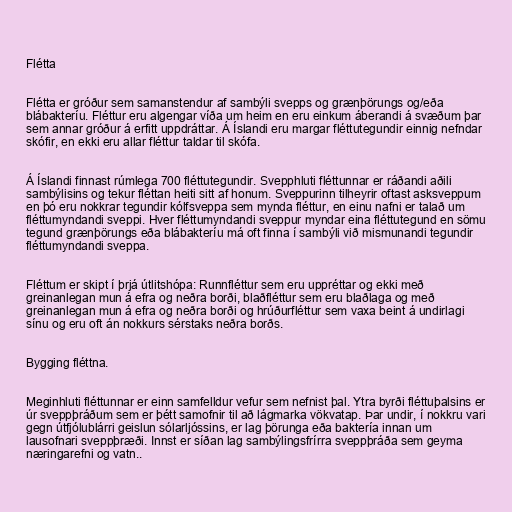
Flétta

Flétta er gróður sem samanstendur af sambýli svepps og grænþörungs og/eða
blábakteríu. Fléttur eru algengar víða um heim en eru einkum áberandi á svæðum þar
sem annar gróður á erfitt uppdráttar. Á Íslandi eru margar fléttutegundir einnig nefndar
skófir, en ekki eru allar fléttur taldar til skófa.

Á Íslandi finnast rúmlega 700 fléttutegundir. Svepphluti fléttunnar er ráðandi aðili
sambýlisins og tekur fléttan heiti sitt af honum. Sveppurinn tilheyrir oftast asksveppum
en þó eru nokkrar tegundir kólfsveppa sem mynda fléttur, en einu nafni er talað um
fléttumyndandi sveppi. Hver fléttumyndandi sveppur myndar eina fléttutegund en sömu
tegund grænþörungs eða blábakteríu má oft finna í sambýli við mismunandi tegundir
fléttumyndandi sveppa.

Fléttum er skipt í þrjá útlitshópa: Runnfléttur sem eru uppréttar og ekki með
greinanlegan mun á efra og neðra borði, blaðfléttur sem eru blaðlaga og með
greinanlegan mun á efra og neðra borði og hrúðurfléttur sem vaxa beint á undirlagi
sínu og eru oft án nokkurs sérstaks neðra borðs.

Bygging fléttna.

Meginhluti fléttunnar er einn samfelldur vefur sem nefnist þal. Ytra byrði fléttuþalsins er
úr sveppþráðum sem er þétt samofnir til að lágmarka vökvatap. Þar undir, í nokkru vari
gegn útfjólublárri geislun sólarljóssins, er lag þörunga eða baktería innan um
lausofnari sveppþræði. Innst er síðan lag sambýlingsfrírra sveppþráða sem geyma
næringarefni og vatn..